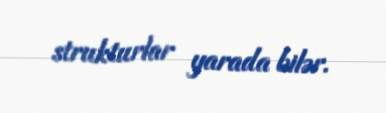
strukturlar yarada bilər.